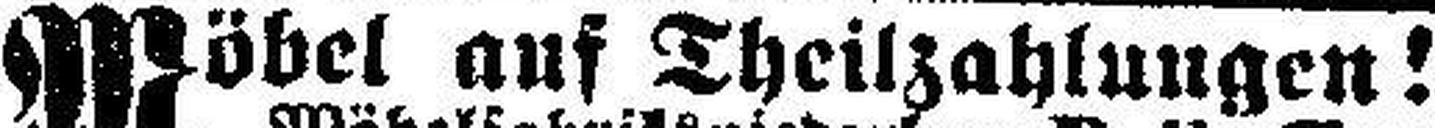
Möbel auf Theilzahlungen!